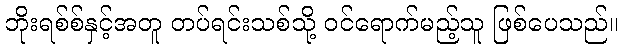
ဘိုးရစ်စ်နှင့်အတူ တပ်ရင်းသစ်သို့ ဝင်ရောက်မည့်သူ ဖြစ်ပေသည်။